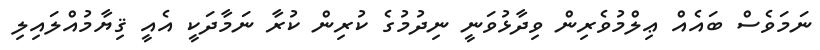
ނަމަވެސް ބައެއް ޢިލްމުވެރިން ވިދާޅުވަނީ ނިދުމުގެ ކުރިން ކުރާ ނަމާދަކީ އެއީ ޤިޔާމުއްލައިލި